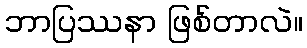
ဘာပြဿနာ ဖြစ်တာလဲ။